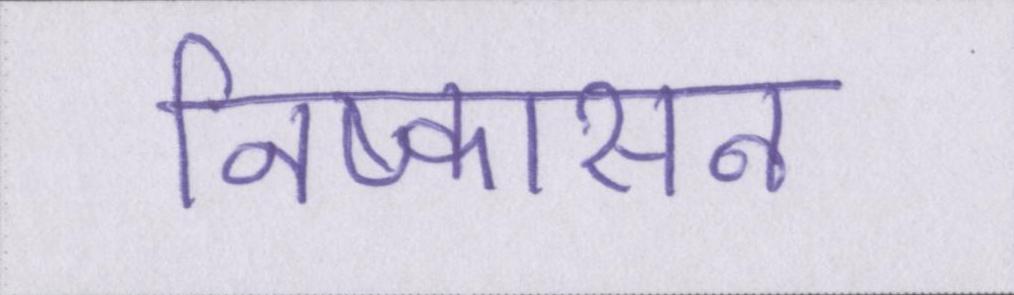
निष्कासन